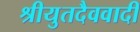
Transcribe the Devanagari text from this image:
श्रीयुतदैववादी